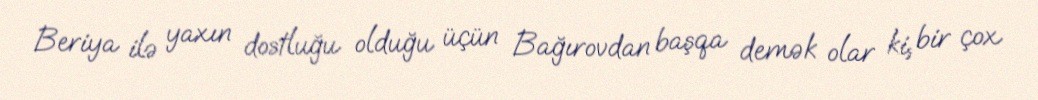
Beriya ilə yaxın dostluğu olduğu üçün Bağırovdan başqa demək olar ki, bir çox